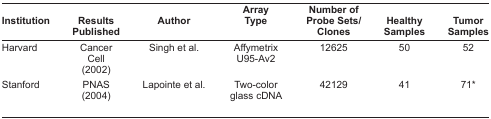
<table><thead><tr><td><b>Institution</b></td><td><b>Results Published</b></td><td><b>Author</b></td><td><b>Array Type</b></td><td><b>Number of Probe Sets/Clones</b></td><td><b>Healthy Samples</b></td><td><b>Tumor Samples</b></td></tr></thead><tbody><tr><td>Harvard</td><td>Cancer Cell (2002)</td><td>Singh et al.</td><td>Affymetrix U95-Av2</td><td>12625</td><td>50</td><td>52</td></tr><tr><td>Stanford</td><td>PNAS (2004)</td><td>Lapointe et al.</td><td>Two-color glass cDNA</td><td>42129</td><td>41</td><td>71*</td></tr></tbody></table>